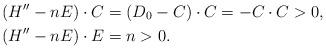
LaTeX: \begin{align*} (H''-nE)\cdot C&=(D_0-C)\cdot C= - C\cdot C > 0,\\ (H''-nE)\cdot E&= n>0. \end{align*}